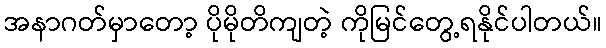
အနာဂတ်မှာတော့ ပိုမိုတိကျတဲ့ ကိုမြင်တွေ့ရနိုင်ပါတယ်။